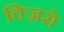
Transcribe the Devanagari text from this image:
क्ज़िरो